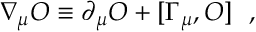
\nabla _ { \mu } { \cal O } \equiv \partial _ { \mu } { \cal O } + [ \Gamma _ { \mu } , { \cal O } ] \ \ ,